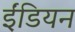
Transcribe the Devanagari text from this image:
ईंडियन